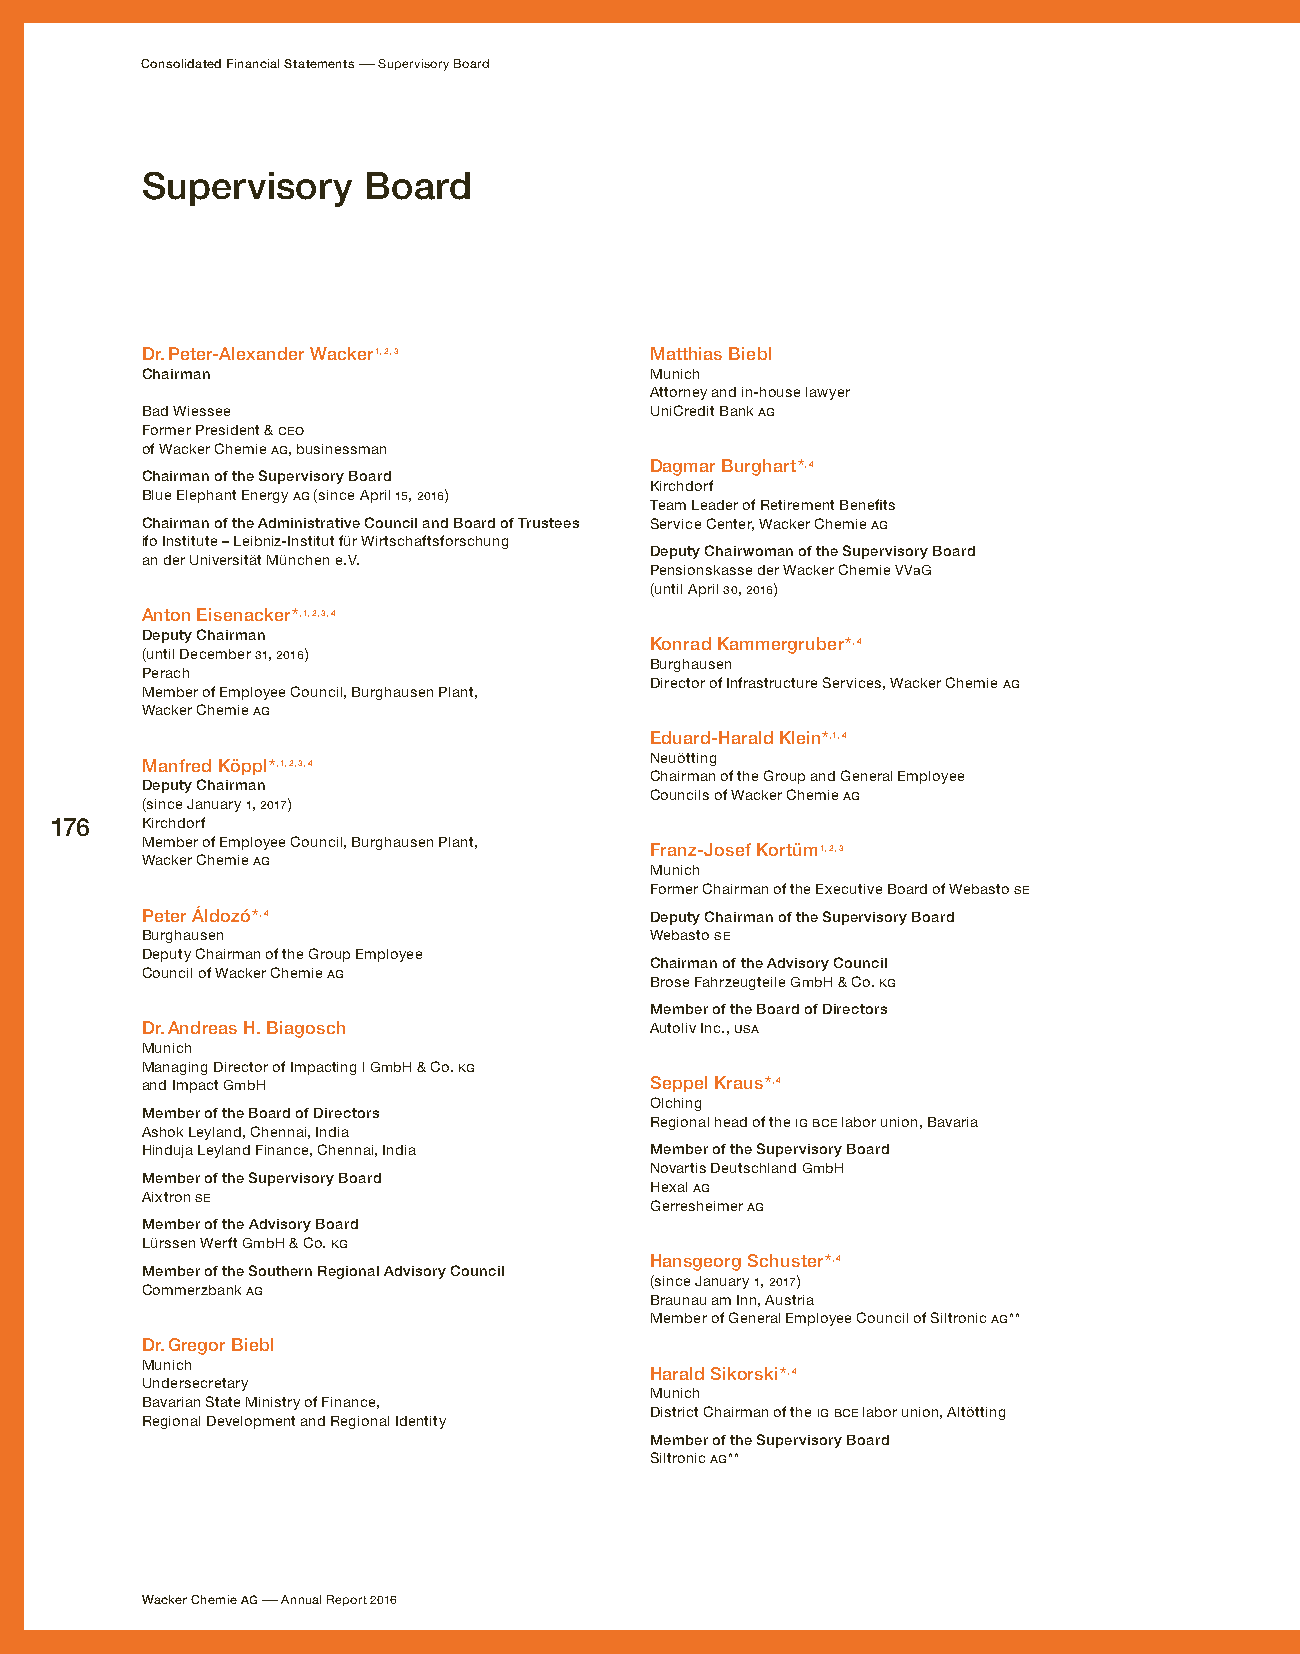
Consolidated Financial Statements – Supervisory Board
 Supervisory    Board
 Dr. Peter-Alexander Wacker 1, 2, 3 Matthias Biebl
 Chairman                          Munich
 Attorney and in-house lawyer
 Bad Wiessee                       UniCredit Bank AG
 Former President & CEO
 of Wacker Chemie AG, businessman
 Dagmar Burghart *, 4
 Chairman of the Supervisory Board
 Kirchdorf
 Blue Elephant Energy AG (since April 15, 2016)
 Team Leader of Retirement Benefits
 Chairman of the Administrative Council and Board of Trustees Service Center, Wacker Chemie AG
 ifo Institute – Leibniz-Institut für Wirtschaftsforschung
 Deputy Chairwoman of the Supervisory Board
 an der Universität München e. V.
 Pensionskasse der Wacker Chemie VVaG
 (until April 30, 2016)
 Anton Eisenacker *, 1, 2, 3, 4
 Deputy Chairman
 Konrad Kammergruber *, 4
 (until December 31, 2016)
 Burghausen
 Perach
 Director of Infrastructure Services, Wacker Chemie AG
 Member of Employee Council, Burghausen Plant,
 Wacker Chemie AG
 Eduard-Harald Klein*, 1, 4
 Neuötting
 Manfred Köppl *, 1, 2, 3, 4
 Chairman of the Group and General Employee
 Deputy Chairman
 Councils of Wacker Chemie AG
 (since January 1, 2017)
 176   Kirchdorf
 Member of Employee Council, Burghausen Plant,
 Franz-Josef Kortüm 1, 2, 3
 Wacker Chemie AG
 Munich
 Former Chairman of the Executive Board of Webasto SE
 Peter Áldozó *, 4                 Deputy Chairman of the Supervisory Board
 Burghausen                        Webasto SE
 Deputy Chairman of the Group Employee
 Chairman of the Advisory Council
 Council of Wacker Chemie AG
 Brose Fahrzeugteile GmbH & Co. KG
 Member of the Board of Directors
 Dr. Andreas H. Biagosch           Autoliv Inc., USA
 Munich
 Managing Director of Impacting l GmbH & Co. KG
 and Impact GmbH                   Seppel Kraus *, 4
 Olching
 Member of the Board of Directors
 Regional head of the IG BCE labor union, Bavaria
 Ashok Leyland, Chennai, India
 Hinduja Leyland Finance, Chennai, India Member of the Supervisory Board
 Novartis Deutschland GmbH
 Member of the Supervisory Board
 Hexal AG
 Aixtron SE
 Gerresheimer AG
 Member of the Advisory Board
 Lürssen Werft GmbH & Co. KG
 Hansgeorg Schuster *, 4
 Member of the Southern Regional Advisory Council
 (since January 1, 2017)
 Commerzbank AG
 Braunau am Inn, Austria
 Member of General Employee Council of Siltronic AG **
 Dr. Gregor Biebl
 Munich
 Harald Sikorski *, 4
 Undersecretary
 Munich
 Bavarian State Ministry of Finance,
 District Chairman of the IG BCE labor union, Altötting
 Regional Development and Regional Identity
 Member of the Supervisory Board
 Siltronic AG **
 Wacker Chemie AG – Annual Report 2016